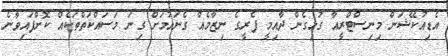
އެޑިއުކޭޝަން މިނިސްޓްރީއާ ގުޅިގެން ދާއިމީ ފެރީގެ ނިޒާމެއް ގެނައުމަށް ގިނަ މަސައްކަތްތަކެއް ކޮށްފައިވާނެ